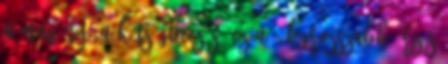
a magány, a kétségbeesés. ez a 3 legrosszabb érzés